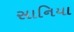
સાનિયા